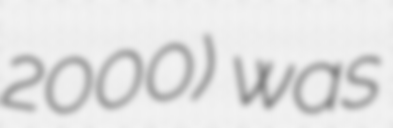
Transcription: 2000) was